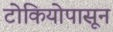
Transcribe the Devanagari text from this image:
टोकियोपासून